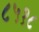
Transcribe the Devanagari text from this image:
८५१८